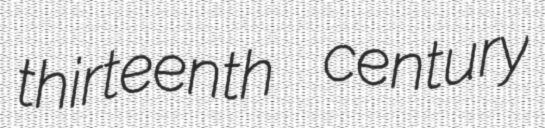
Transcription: thirteenth century